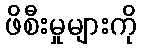
ဖိစီးမှုများကို